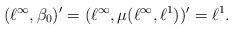
LaTeX: \begin{align*}(\ell^{\infty},\beta_{0})'=(\ell^{\infty},\mu(\ell^{\infty},\ell^{1}))'=\ell^{1}.\end{align*}